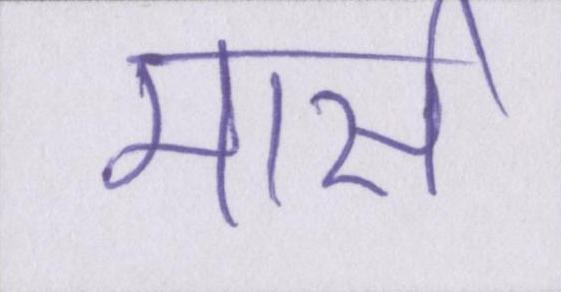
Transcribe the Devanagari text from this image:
मार्स